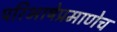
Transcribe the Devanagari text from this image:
परिभाषेप्रमाणेच